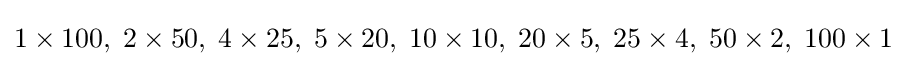
1\times 100,\;2\times 50,\;4\times 25,\;5\times 20,\;10\times 10,\;20\times 5,\;25\times 4,\;50\times 2,\;100\times 1